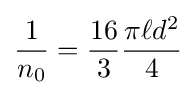
{\frac {1}{n_{0}}}={\frac {16}{3}}{\frac {\pi \ell d^{2}}{4}}